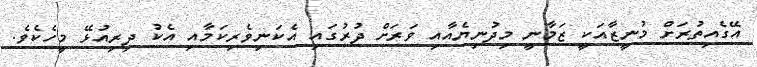
އޭގެއިތުރަށް މުނީޒާއަކީ ޒަމާނީ މިދުނިޔެއާއި ވަރަށް ދުރުގައި އެކަނިވެރިކަމާއި އެކު ދިރިއުޅޭ މީހެކެވެ.